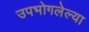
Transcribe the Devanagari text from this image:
उपभोगलेल्या